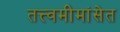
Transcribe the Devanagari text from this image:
तत्त्वमीमांसेत